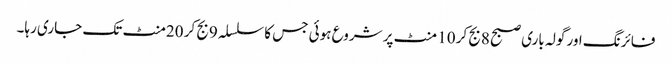
فائرنگ اور گولہ باری صبح 8بج کر 10 منٹ پر شروع ہوئی جس کا سلسلہ 9بج کر 20منٹ تک جاری رہا۔